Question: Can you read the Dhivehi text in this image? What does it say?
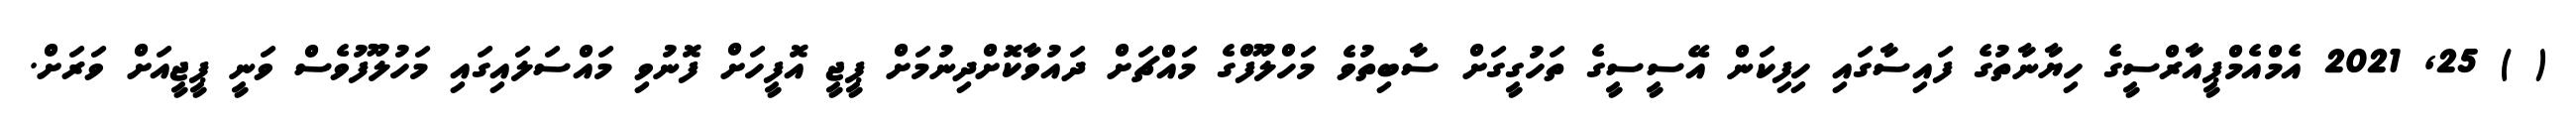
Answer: ( ) 25, 2021 އެމްއެމްޕީއާރްސީގެ ހިޔާނާތުގެ ފައިސާގައި ހިފިކަން އޭސީސީގެ ތަހުގީގަށް ސާބިތުވެ މަހްލޫފްގެ މައްޗަށް ދައުވާކޮށްދިނުމަށް ޕީޖީ އޮފީހަށް ފޮނުވި މައްސަލައިގައި މަހުލޫފުވެސް ވަނީ ޕީޖީއަށް ވަރަށް.